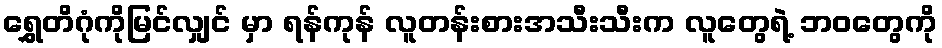
ရွှေတိဂုံကိုမြင်လျှင် မှာ ရန်ကုန် လူတန်းစားအသီးသီးက လူတွေရဲ့ ဘဝတွေကို